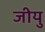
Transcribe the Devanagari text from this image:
जीयु